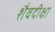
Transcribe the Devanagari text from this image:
शैवदीक्षा